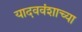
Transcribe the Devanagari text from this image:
यादववंशाच्या